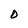
Character: D